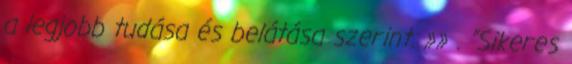
a legjobb tudása és belátása szerint. »» . "Sikeres